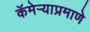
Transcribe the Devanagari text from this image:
कॅमेऱ्याप्रमाणे